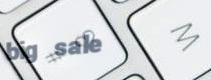
big sale